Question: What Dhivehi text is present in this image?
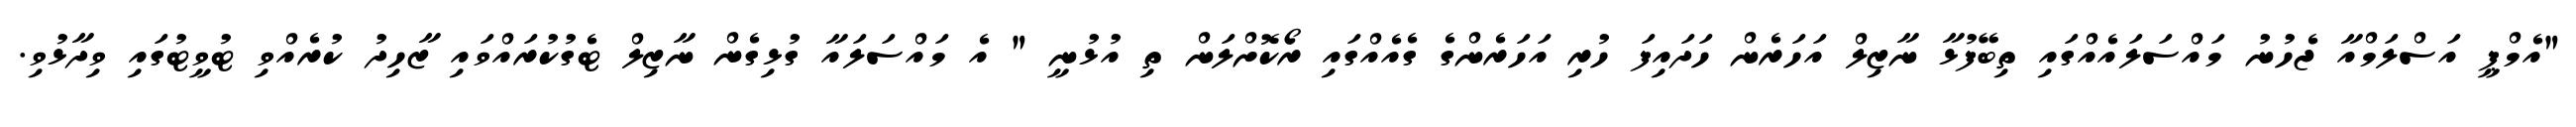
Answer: "އެމްޕީ އަސްލަމްއާ ޖެހުނު މައްސަލައެއްގައި ތިބޭފުޅާ ނާޒިލް އަހަރެން ހަދައިފަ ހުރި އަހަރެންގެ ގެއެއްގައި ރޯކޮށްލަން ތި އުޅުނީ " އެ މައްސަލައާ ގުޅިގެން ނާޒިލް ޓެގުކުރައްވައި ޒާހިދު ކުރެއްވި ޓުވީޓުގައި ވިދާޅުވި.